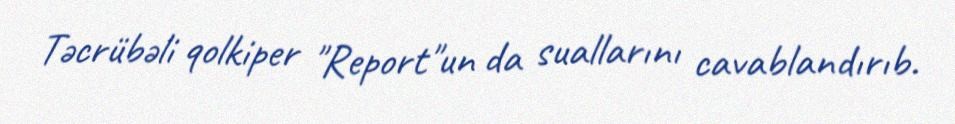
Təcrübəli qolkiper "Report"un da suallarını cavablandırıb.